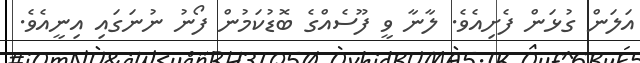
އަލަން ގުޅަން ފެށިއެވެ. ލާނާ ވީ ފޫސެއްގެ ބޮޑުކަމުން ފޯނު ނުނަގައި އިނީއެވެ.